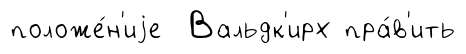
положе́н'иjе Вальдк'ирх пра́в'ить